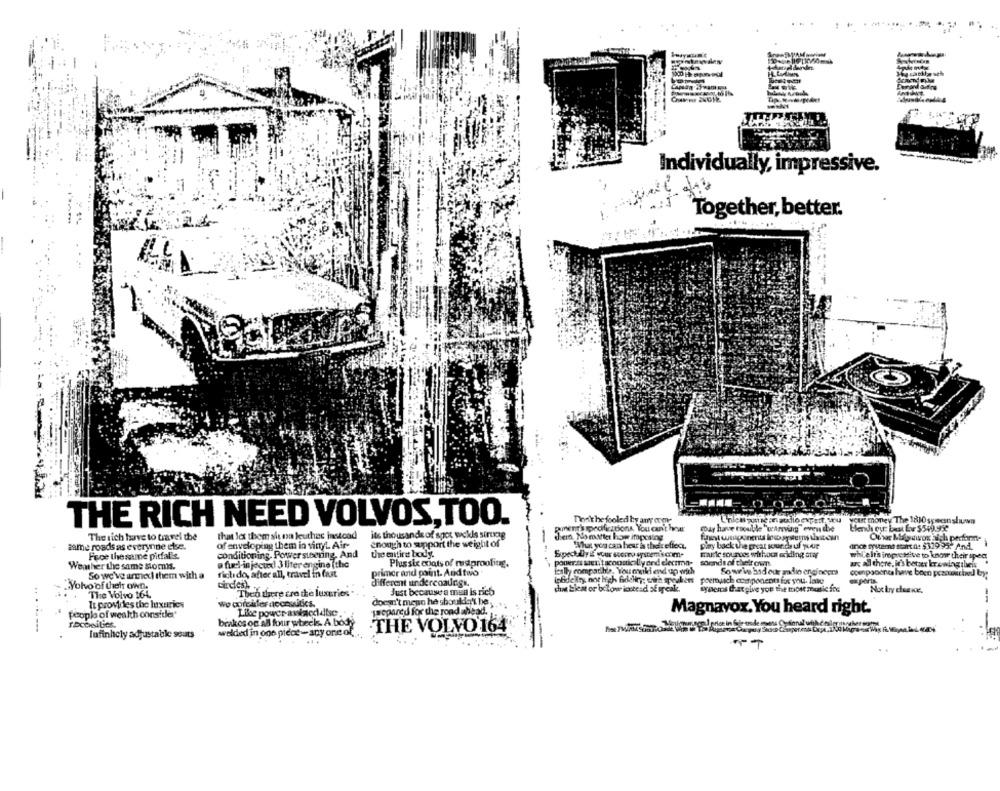
Individually, impressive.
Together, better.
THE RICH NEED VOLVOS,TOO.
Teelt he fooled by any come
cust money The 1810 specsnsluwn
ponent's specifications, You can't hear
may have trouble "orArving even the
The sich have to travel the
that les them sh on leuthec insicad
its thousands of spot weks sintag
den. Nomatter how imposing
Otwe Mapawox Sich pertonne
same roads as everynine cise.
of enveloping them in vinyt Air-
enough to support the weight of
What you can hear is their eficaz.
play back the great soundhe uf pour
dnice myutert start n: $329.95? And.
Fece the same pitfalls.
conditioning. Power steering, And
the entire body.
music sources wirhoca edding sur
whilelt's impressive to know their spec
a fuel-in jecux) 3 liter engine (the
Plus six coats of misproolug.
pouerss seni tacoonic lly ord electma-
sounds of their own
Weather the same stomis.
fully compatible, You mok end up with
So wwii bad our amadio engineers
ax all there, he's berser krowingtheir
So we've ar xi them with a
rietido, after all, travel in fast
primer and point. And tivo
couponones have been pesounched by
.Volvo of their own.
Circlesh .
different undercoaurss.
poemmunch components for you. lang
The Volvo 164.
Theo there cre the luxuries
Just because a mun is rich
chat Eleat or bclow instead of reak.
syaems that give you the most music ine
Not by dieakce.
doesn't mean he shouldn't be
--
..
It provides the luxuries
prepared for the road ahead.
people of wealth consider'
Magnavox, You heard right.
brakos on All four wbecks. A body
Infinhely adjustable souts
welded in one piece- any one of
.THE VOLVO 164